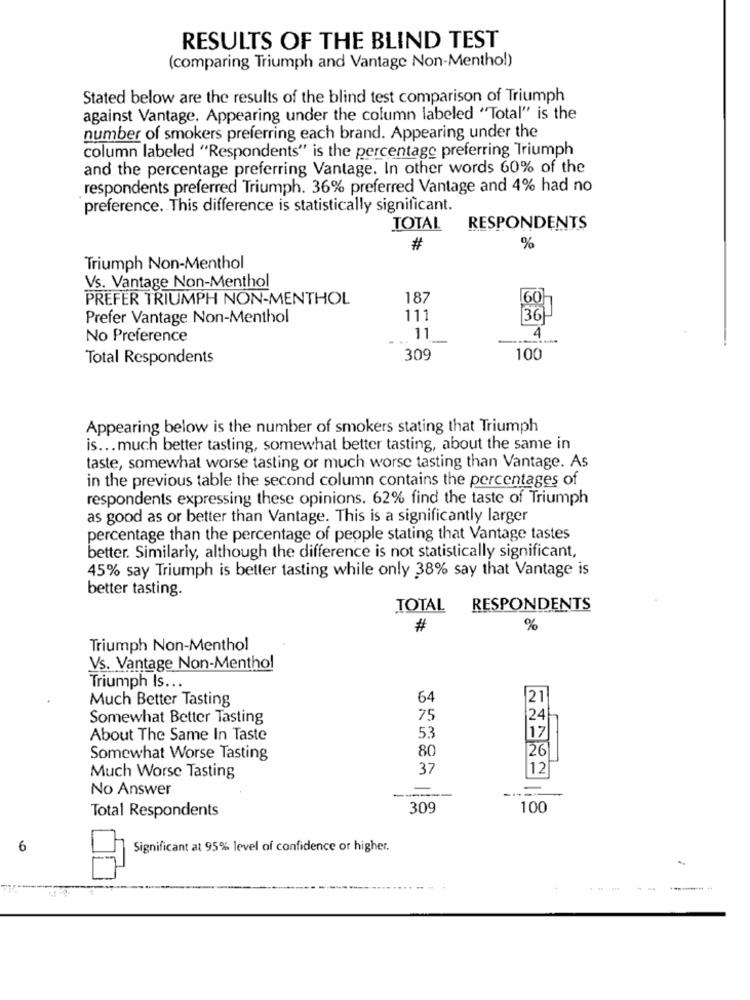
RESULTS OF THE BLIND TEST
(comparing Triumph and Vantage Non-Menthol)
Stated below are the results of the blind test comparison of Triumph
against Vantage. Appearing under the column labeled "Total" is the
number of smokers preferring each brand. Appearing under the
column labeled "Respondents" is the percentage preferring Triumph
and the percentage preferring Vantage. In other words 60% of the
respondents preferred Triumph. 36% preferred Vantage and 4% had no
preference. This difference is statistically significant.
TOTAL
RESPONDENTS
#
%
Triumph Non-Menthol
Vs. Vantage Non-Menthol
PREFER TRIUMPH NON-MENTHOL
187
60
Prefer Vantage Non-Menthol
111
36-
No Preference
11
4
Total Respondents
309
100
Appearing below is the number of smokers stating that Triumph
is ... much better tasting, somewhat better tasting, about the same in
taste, somewhat worse tasting or much worse tasting than Vantage. As
in the previous table the second column contains the percentages of
respondents expressing these opinions. 62% find the taste of Triumph
as good as or better than Vantage. This is a significantly larger
percentage than the percentage of people stating that Vantage tastes
better. Similarly, although the difference is not statistically significant,
45% say Triumph is better tasting while only 38% say that Vantage is
better tasting.
TOTAL
RESPONDENTS
#
%
Triumph Non-Menthol
Vs. Vantage Non-Menthol
Triumph Is ...
Much Better Tasting
64
21
Somewhat Better Tasting
75
24|
About The Same In Taste
53
17
80
26
Somewhat Worse Tasting
37
12
Much Worse Tasting
No Answer
Total Respondents
309
100
6
Significant at 95% level of confidence or higher.